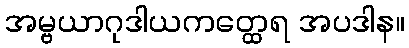
အမ္ဗယာဂုဒါယကတ္ထေရ အပဒါန။